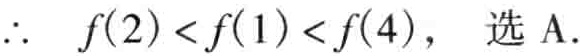
\(\therefore\ f(2)<f(1)<f(4),\ 选A.\)